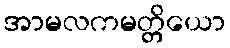
အာမလကမတ္တိယော